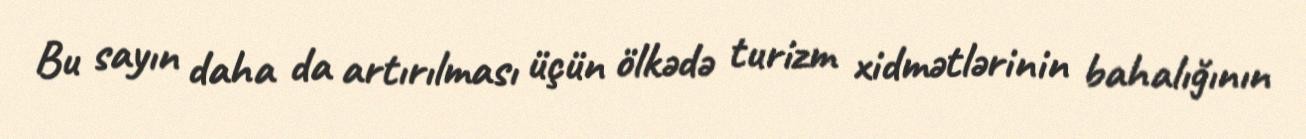
Bu sayın daha da artırılması üçün ölkədə turizm xidmətlərinin bahalığının